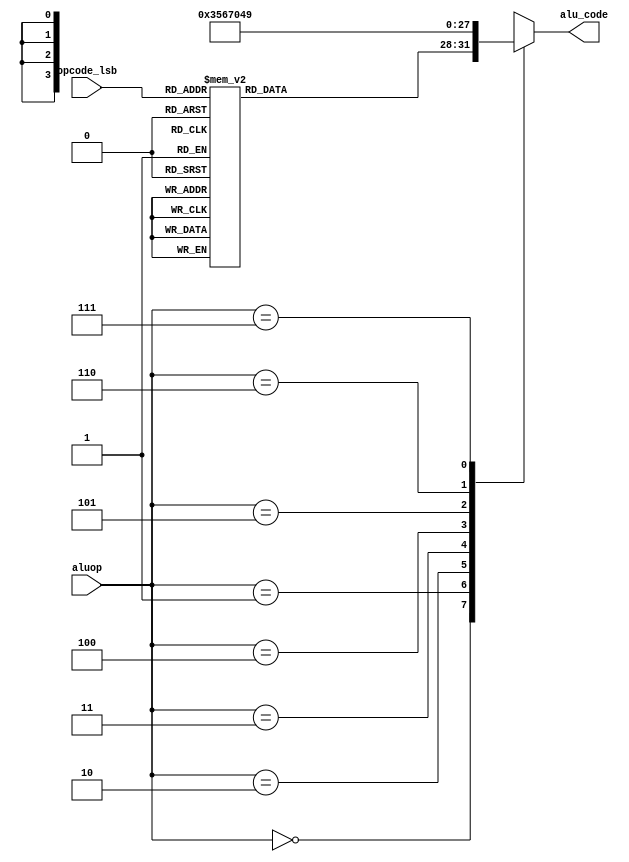
`timescale 1ns / 1ps
//////////////////////////////////////////////////////////////////////////////////
//	Alumnos:
//				 Ortmann, Nestor Javier
// 				 Trejo, Bruno Guillermo
// Year: 		 2019
// Module Name:  UNIDAD DE CONTROL DE LA ALU
//////////////////////////////////////////////////////////////////////////////////

module ALU_CONTROL(
    input [5:0] opcode_lsb,
    input [2:0] aluop,

    output reg [3:0] alu_code
    );

	always @(*) 
	begin
		case(aluop)
			3'b000 : 
			begin //R-type
				case(opcode_lsb)
					6'b000000 : alu_code <= 4'b0000; // sll
					6'b000010 : alu_code <= 4'b0001; // srl
					6'b000011 : alu_code <= 4'b0010; // sra
					6'b000100 : alu_code <= 4'b0000; // sllv
					6'b000110 : alu_code <= 4'b0001; // srlv
					6'b000111 : alu_code <= 4'b0010; // srav
					6'b100001 : alu_code <= 4'b0011; // addu
					6'b100011 : alu_code <= 4'b1010; // subu
					6'b100100 : alu_code <= 4'b0101; // and
					6'b100101 : alu_code <= 4'b0110; // or
					6'b100110 : alu_code <= 4'b0111; // xor
					6'b100111 : alu_code <= 4'b1000; // nor
					6'b101010 :	alu_code <= 4'b0100; // slt
					6'b001001 :	alu_code <= 4'b0011; // sumar
					default : alu_code <= 4'b0000;
				endcase
			end			
			3'b001 : alu_code <= 4'b0011; //sumar
			3'b010 : alu_code <= 4'b0101; //and
			3'b011 : alu_code <= 4'b0110; //or
			3'b100 : alu_code <= 4'b0111; //xor
			3'b101 : alu_code <= 4'b0000; //shift left
			3'b110 : alu_code <= 4'b0100; //compare 
			3'b111 : alu_code <= 4'b1001; // INSTRUCCION LUI -> SHIFT 16 IZQUIERDA
			default: alu_code <= 4'b0000;	
		endcase
	end

endmodule